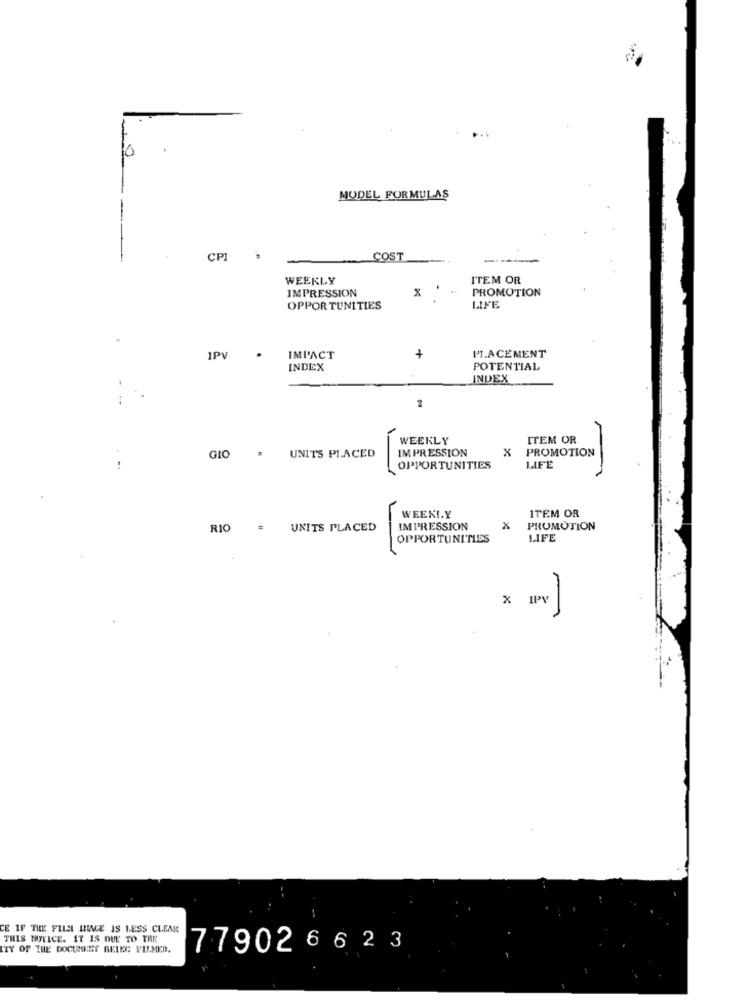
0
MODEL FORMULAS
CPI
COST
WEEKLY
ITEM OR
IMPRESSION
PROMOTION
OPPORTUNITIES
LIFE
PLACEMENT
IPV
IMPACT
+
INDEX
POTENTIAL
INDEX
2
WEEKLY
ITEM OR
IMPRESSION
x
PROMOTION
GIO
UNITS PLACED
.+
OPPORTUNITIES
LIFE
ITEM OR
WEEKLY
RIO =
UNITS PLACED
IMPRESSION
x
PROMOTION
OPPORTUNITIES
LIFE
x
IPV
CE IF THE FILE LINGE IS LESS CLEAR
THIS NOTICE. IT IS DUE TO THE
ITY OF THE DOCUMENT BELEG FILMED.
779026 6 23